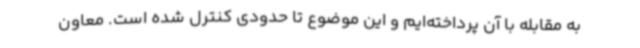
به مقابله با آن پرداخته‌ایم و این موضوع تا حدودی کنترل شده است. معاون